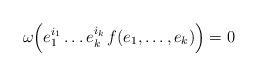
LaTeX: \begin{align*}\omega\Bigl(e_1^{i_1}\dots e_k^{i_k}\,f(e_1,\dots,e_k)\Bigr)=0\end{align*}